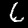
Digit: 6